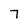
Character: 7